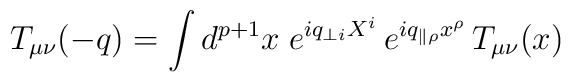
T_{\mu \nu} (-q) = \int d^{p+1} x \; e^{iq_{\perp i} X^i} \,  e^{i q_{\parallel \rho} x^{\rho}} \, T_{\mu \nu} (x)